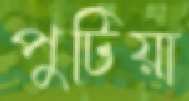
পুটিয়া